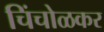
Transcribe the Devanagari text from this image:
चिंचोळकर